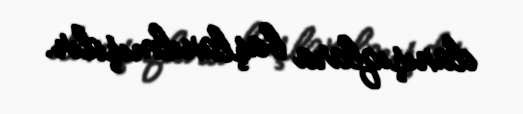
danışıqlara başlanılmışdır.